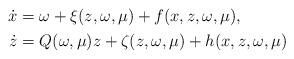
LaTeX: \begin{align*}\begin{aligned}\dot{x} &= \omega+\xi(z,\omega,\mu)+f(x,z,\omega,\mu), \\\dot{z} &= Q(\omega,\mu)z+\zeta(z,\omega,\mu)+h(x,z,\omega,\mu)\end{aligned}\end{align*}